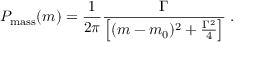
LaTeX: P _ { \mathrm { m a s s } } ( m ) = \frac { 1 } { 2 \pi } \frac { \Gamma } { \left[ ( m - m _ { 0 } ) ^ { 2 } + \frac { \Gamma ^ { 2 } } { 4 } \right] } \; .